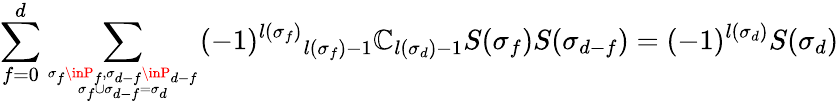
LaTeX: \sum_{f=0}^{d}\sum_{{\sigma_{f}\inP_{f},\sigma_{d-f}\inP_{d-f}}\atop{\sigma_{f}\cup\sigma_{d-f}=\sigma_{d}}}(-1)^{l(\sigma_{f})}{}_{l(\sigma_{f})-1}\mathbb{C}_{l(\sigma_{d})-1}S(\sigma_{f})S(\sigma_{d-f})=(-1)^{l(\sigma_{d})}S(\sigma_{d})